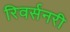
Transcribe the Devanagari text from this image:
रिवर्सनरी